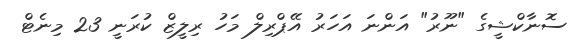
ސޮނާކްޝީގެ "ނޫރު" އަންނަ އަހަރު އޭޕްރިލް މަހު ރިލީޒް ކުރަނީ 23 މިނެޓް